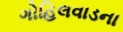
ગોહિલવાડના